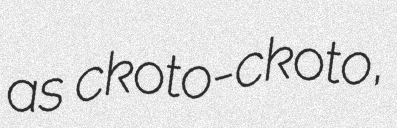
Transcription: as ckoto-ckoto,